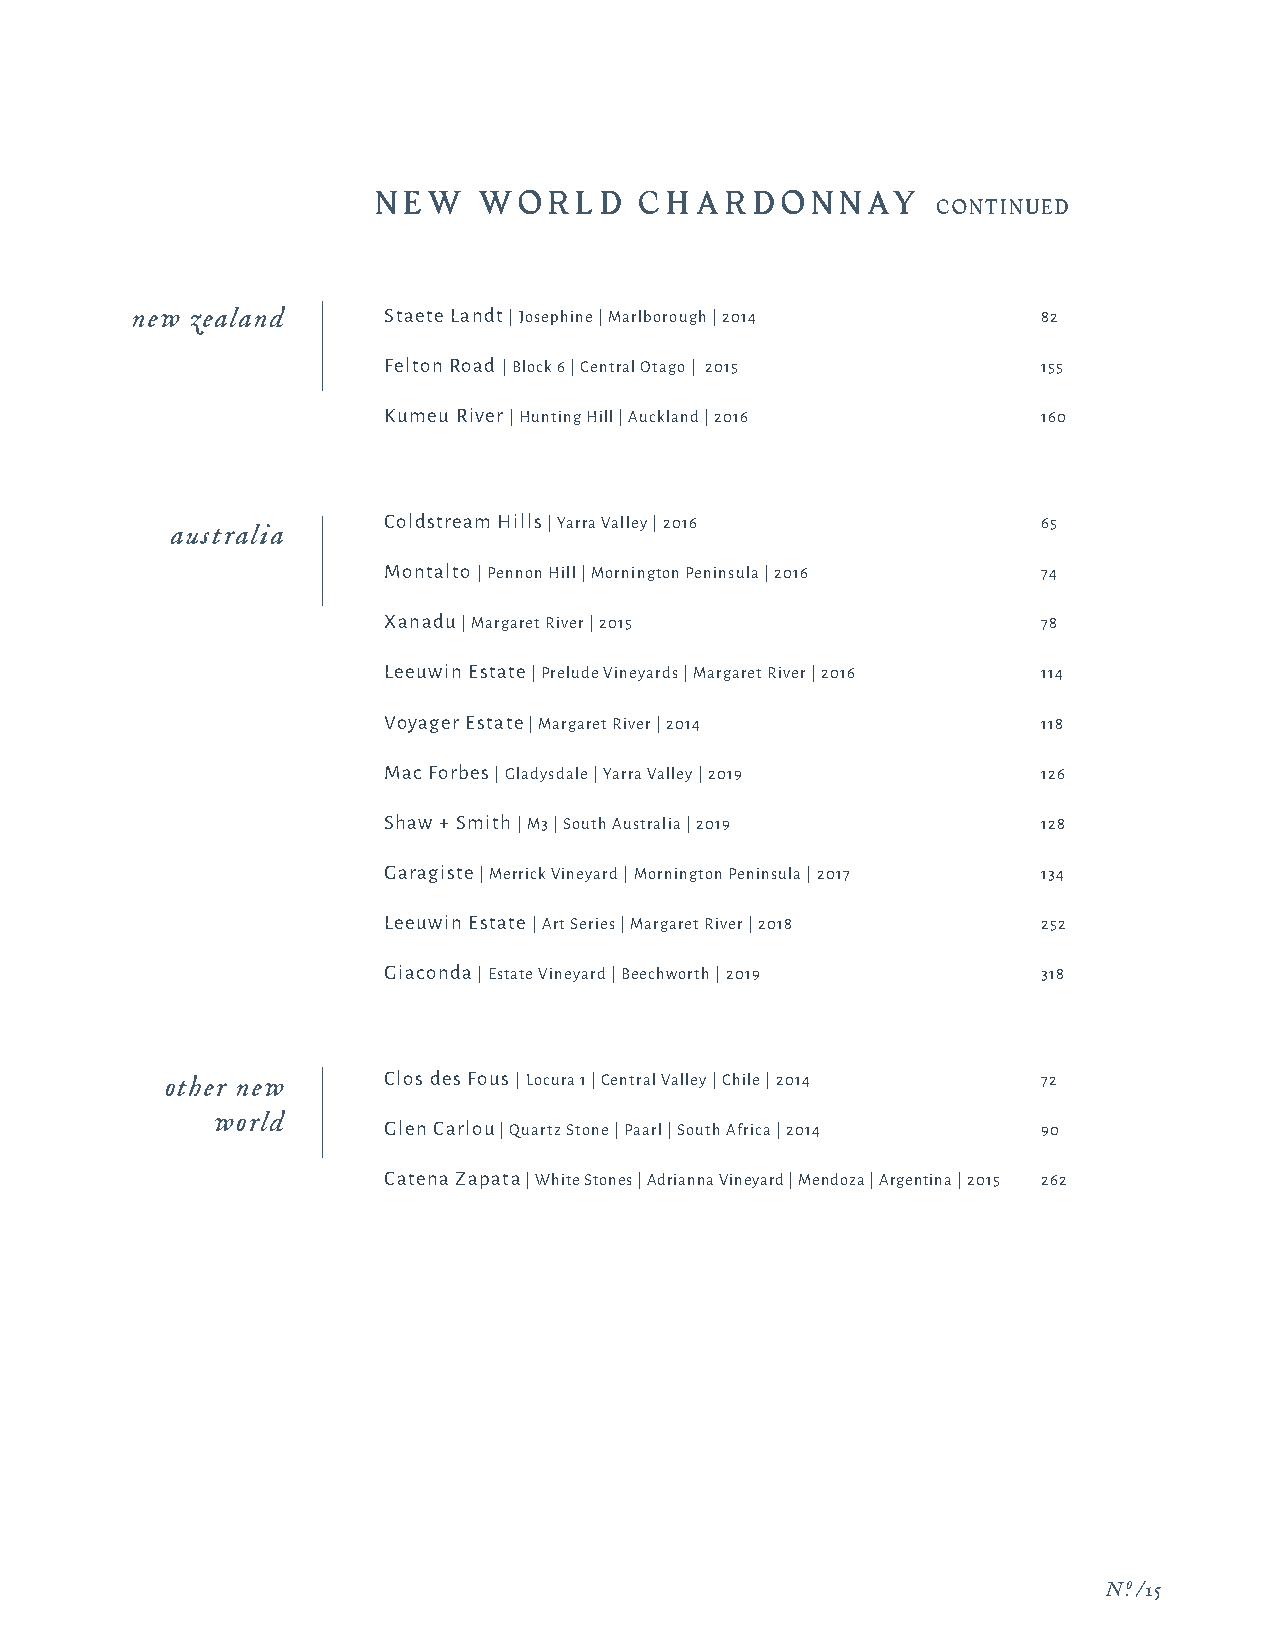
N E W  WOR   LD  CH  A R D ON  NAY
 CONTINUED
 new zealand     Staete Landt | Josephine | Marlborough | 2014 82
 Felton Road | Block 6 | Central Otago | 2015 155
 Kumeu River | Hunting Hill | Auckland | 2016 160
 Coldstream Hills | Yarra Valley | 2016      65
 australia
 Montalto | Pennon Hill | Mornington Peninsula | 2016 74
 Xanadu | Margaret River | 2015              78
 Leeuwin Estate | Prelude Vineyards | Margaret River | 2016 114
 Voyager Estate | Margaret River | 2014      118
 Mac Forbes | Gladysdale | Yarra Valley | 2019 126
 Shaw + Smith | M3 | South Australia | 2019  128
 Garagiste | Merrick Vineyard | Mornington Peninsula | 2017 134
 Leeuwin Estate | Art Series | Margaret River | 2018 252
 Giaconda | Estate Vineyard | Beechworth | 2019 318
 other new     Clos des Fous | Locura 1 | Central Valley | Chile | 2014 72
 world
 Glen Carlou | Quartz Stone | Paarl | South Africa | 2014 90
 Catena Zapata | White Stones | Adrianna Vineyard | Mendoza | Argentina | 2015 262
 N.o /15